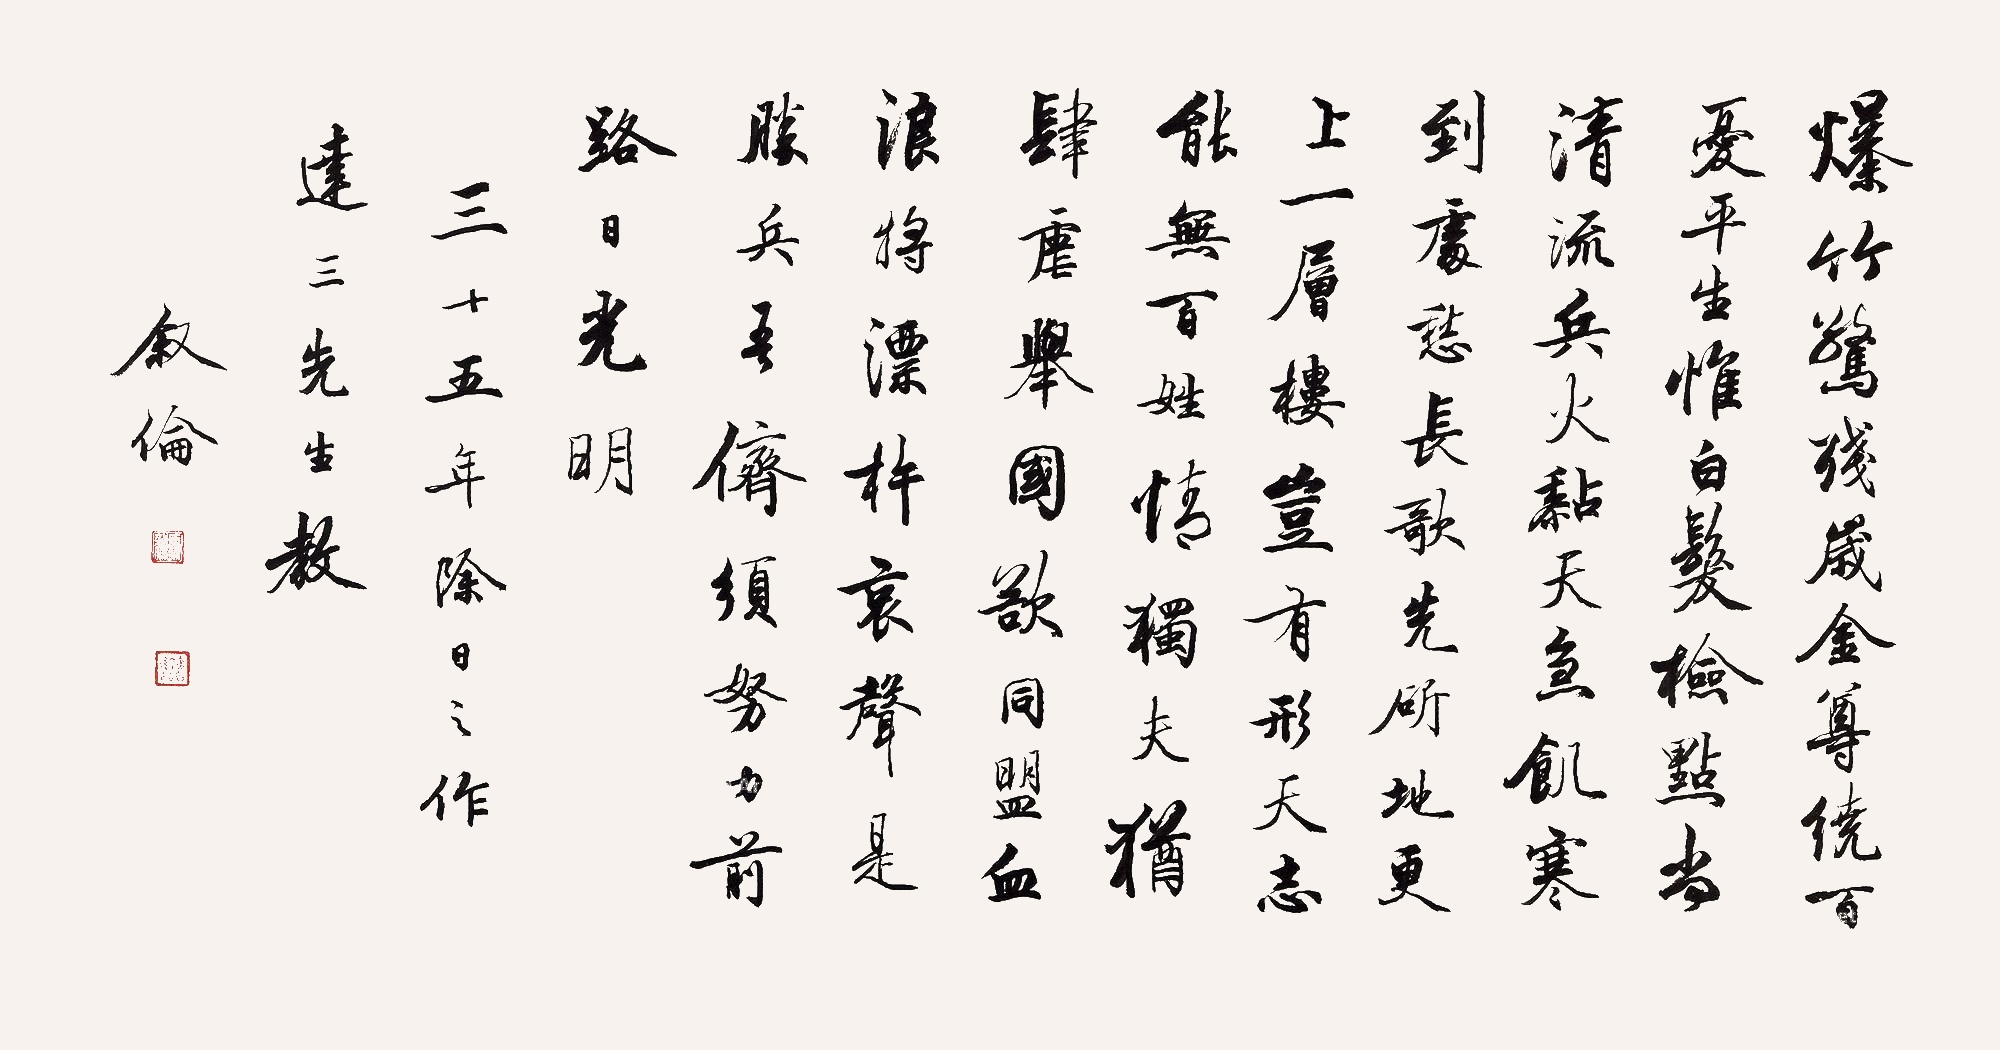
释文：爆竹惊残岁，金尊绕百忧。平生惟白发，检点尚清流。兵火粘天急，饥寒到处愁。长歌先斫地，更上一层楼。岂有刑天志，能无百姓情。独夫犹肆虐，举国欲同盟。血浪将漂杵，哀声是胜兵。吾侪须努力，前路日光明。三十五年除日之作，达三先生教。叙伦。